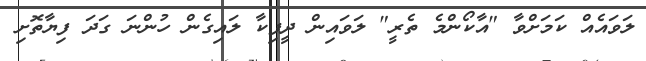
ލަވައެއް ކަމަށްވާ "އާކޯންމެ ތެރީ" ލަވައިން ދީޕިކާ ލައިގެން ހުންނަ ގަދަ ފިޔާތޮށި